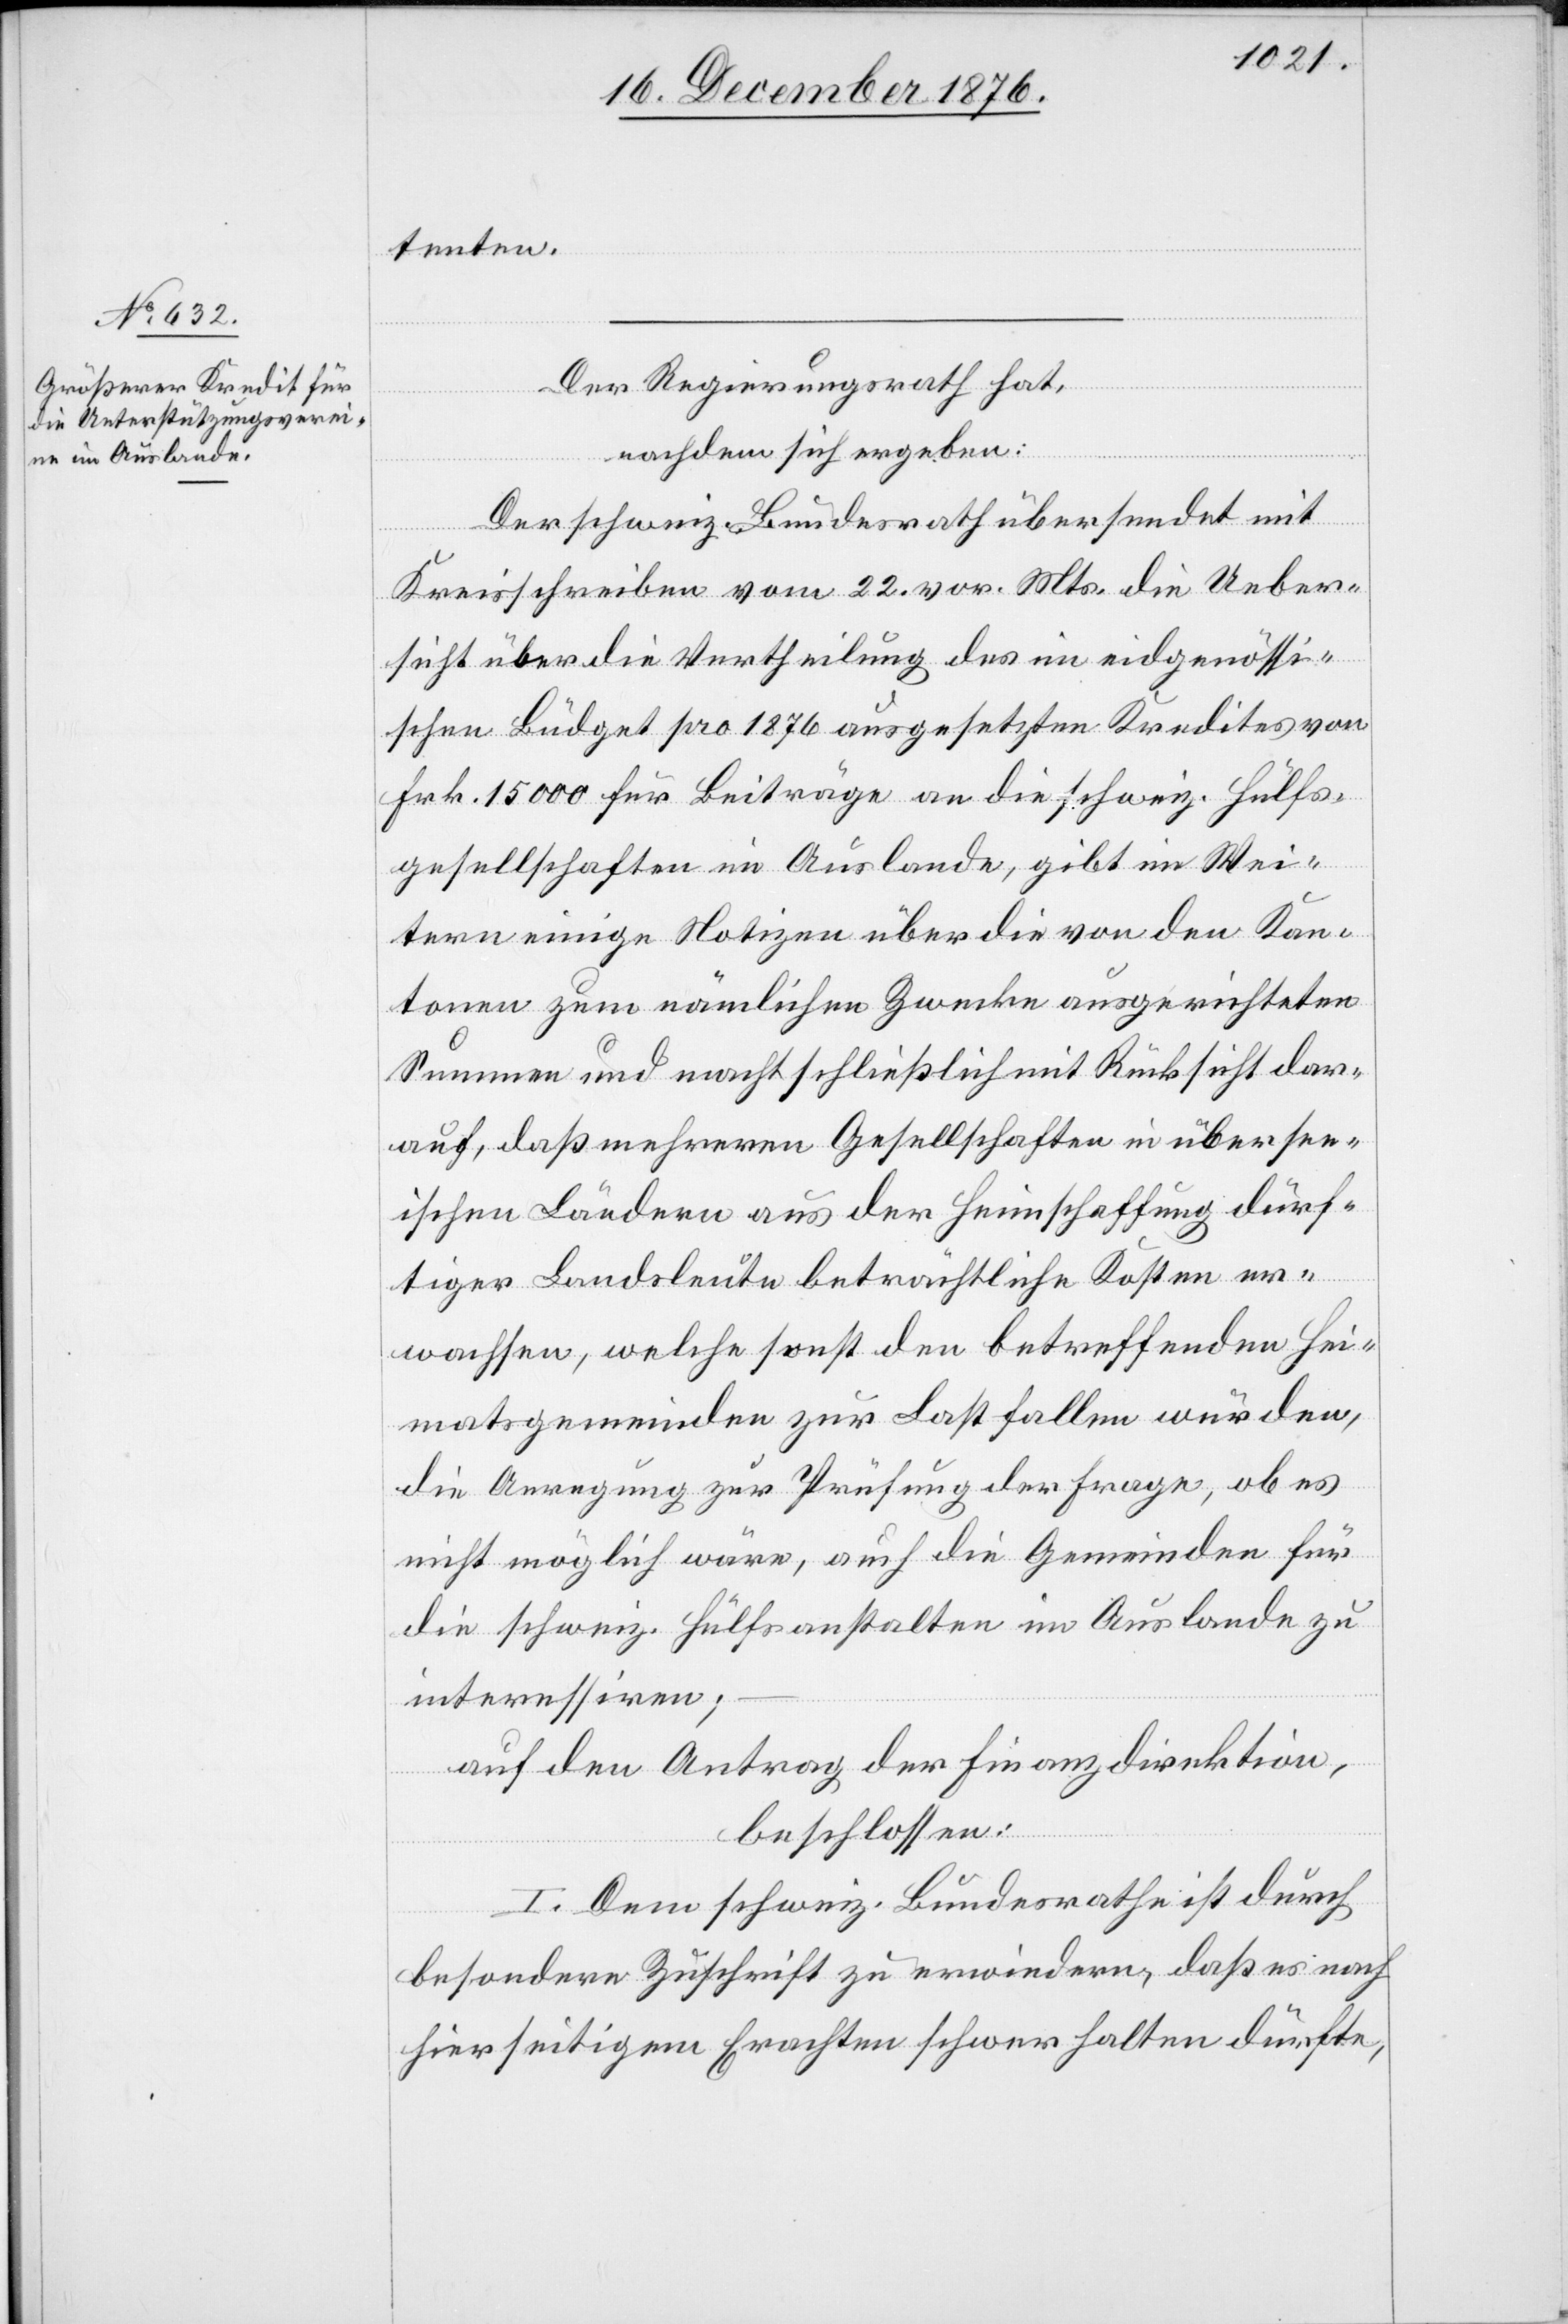
tenten.
Der Regierungsrath hat,
nachdem sich ergeben:
Der schweiz. Bundesrath übersendet mit
Kreisschreiben vom 22. vor. Mts. die Ueber¬
sicht über die Vertheilung des im eidgenössi¬
schen Büdget pro 1876 ausgesetzten Kredites von
Frk. 15000 für Beiträge an die schweiz. Hülfs¬
gesellschaften im Auslande, gibt im Wei¬
tern einige Notizen über die von den Kan¬
tonen zum nämlichen Zwecke ausgerichteten
Summen und macht schließlich mit Rücksicht dar¬
auf, daß mehreren Gesellschaften in übersee¬
ischen Ländern aus der Heimschaffung dürf¬
tiger Landsleute beträchtliche Kosten er¬
wachsen, welche sonst den betreffenden Hei¬
matsgemeinden zur Last fallen würden,
die Anregung zur Prüfung der Frage, ob es
nicht möglich wäre, auch die Gemeinden für
die schweiz. Hülfsanstalten im Auslande zu
interessiren;
auf den Antrag der Finanzdirektion,
beschlossen:
I. Dem schweiz. Bundesrathe ist durch
besondere Zuschrift zu erwiedern, daß es nach
hierseitigem Erachten schwer halten dürfte,